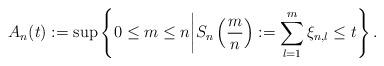
LaTeX: \begin{align*} A_n(t) := \sup \left \{ 0 \leq m \leq n \bigg| S_n\left(\frac{m}{n} \right) := \sum_{l=1}^{m} \xi_{n,l} \leq t \right\}.\end{align*}